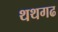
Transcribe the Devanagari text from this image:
थथगढ